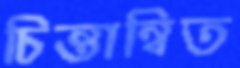
চিন্তান্বিত